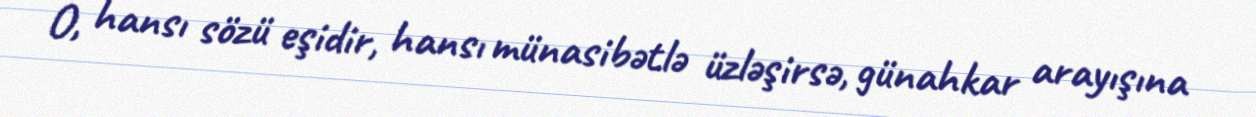
O, hansı sözü eşidir, hansı münasibətlə üzləşirsə, günahkar arayışına